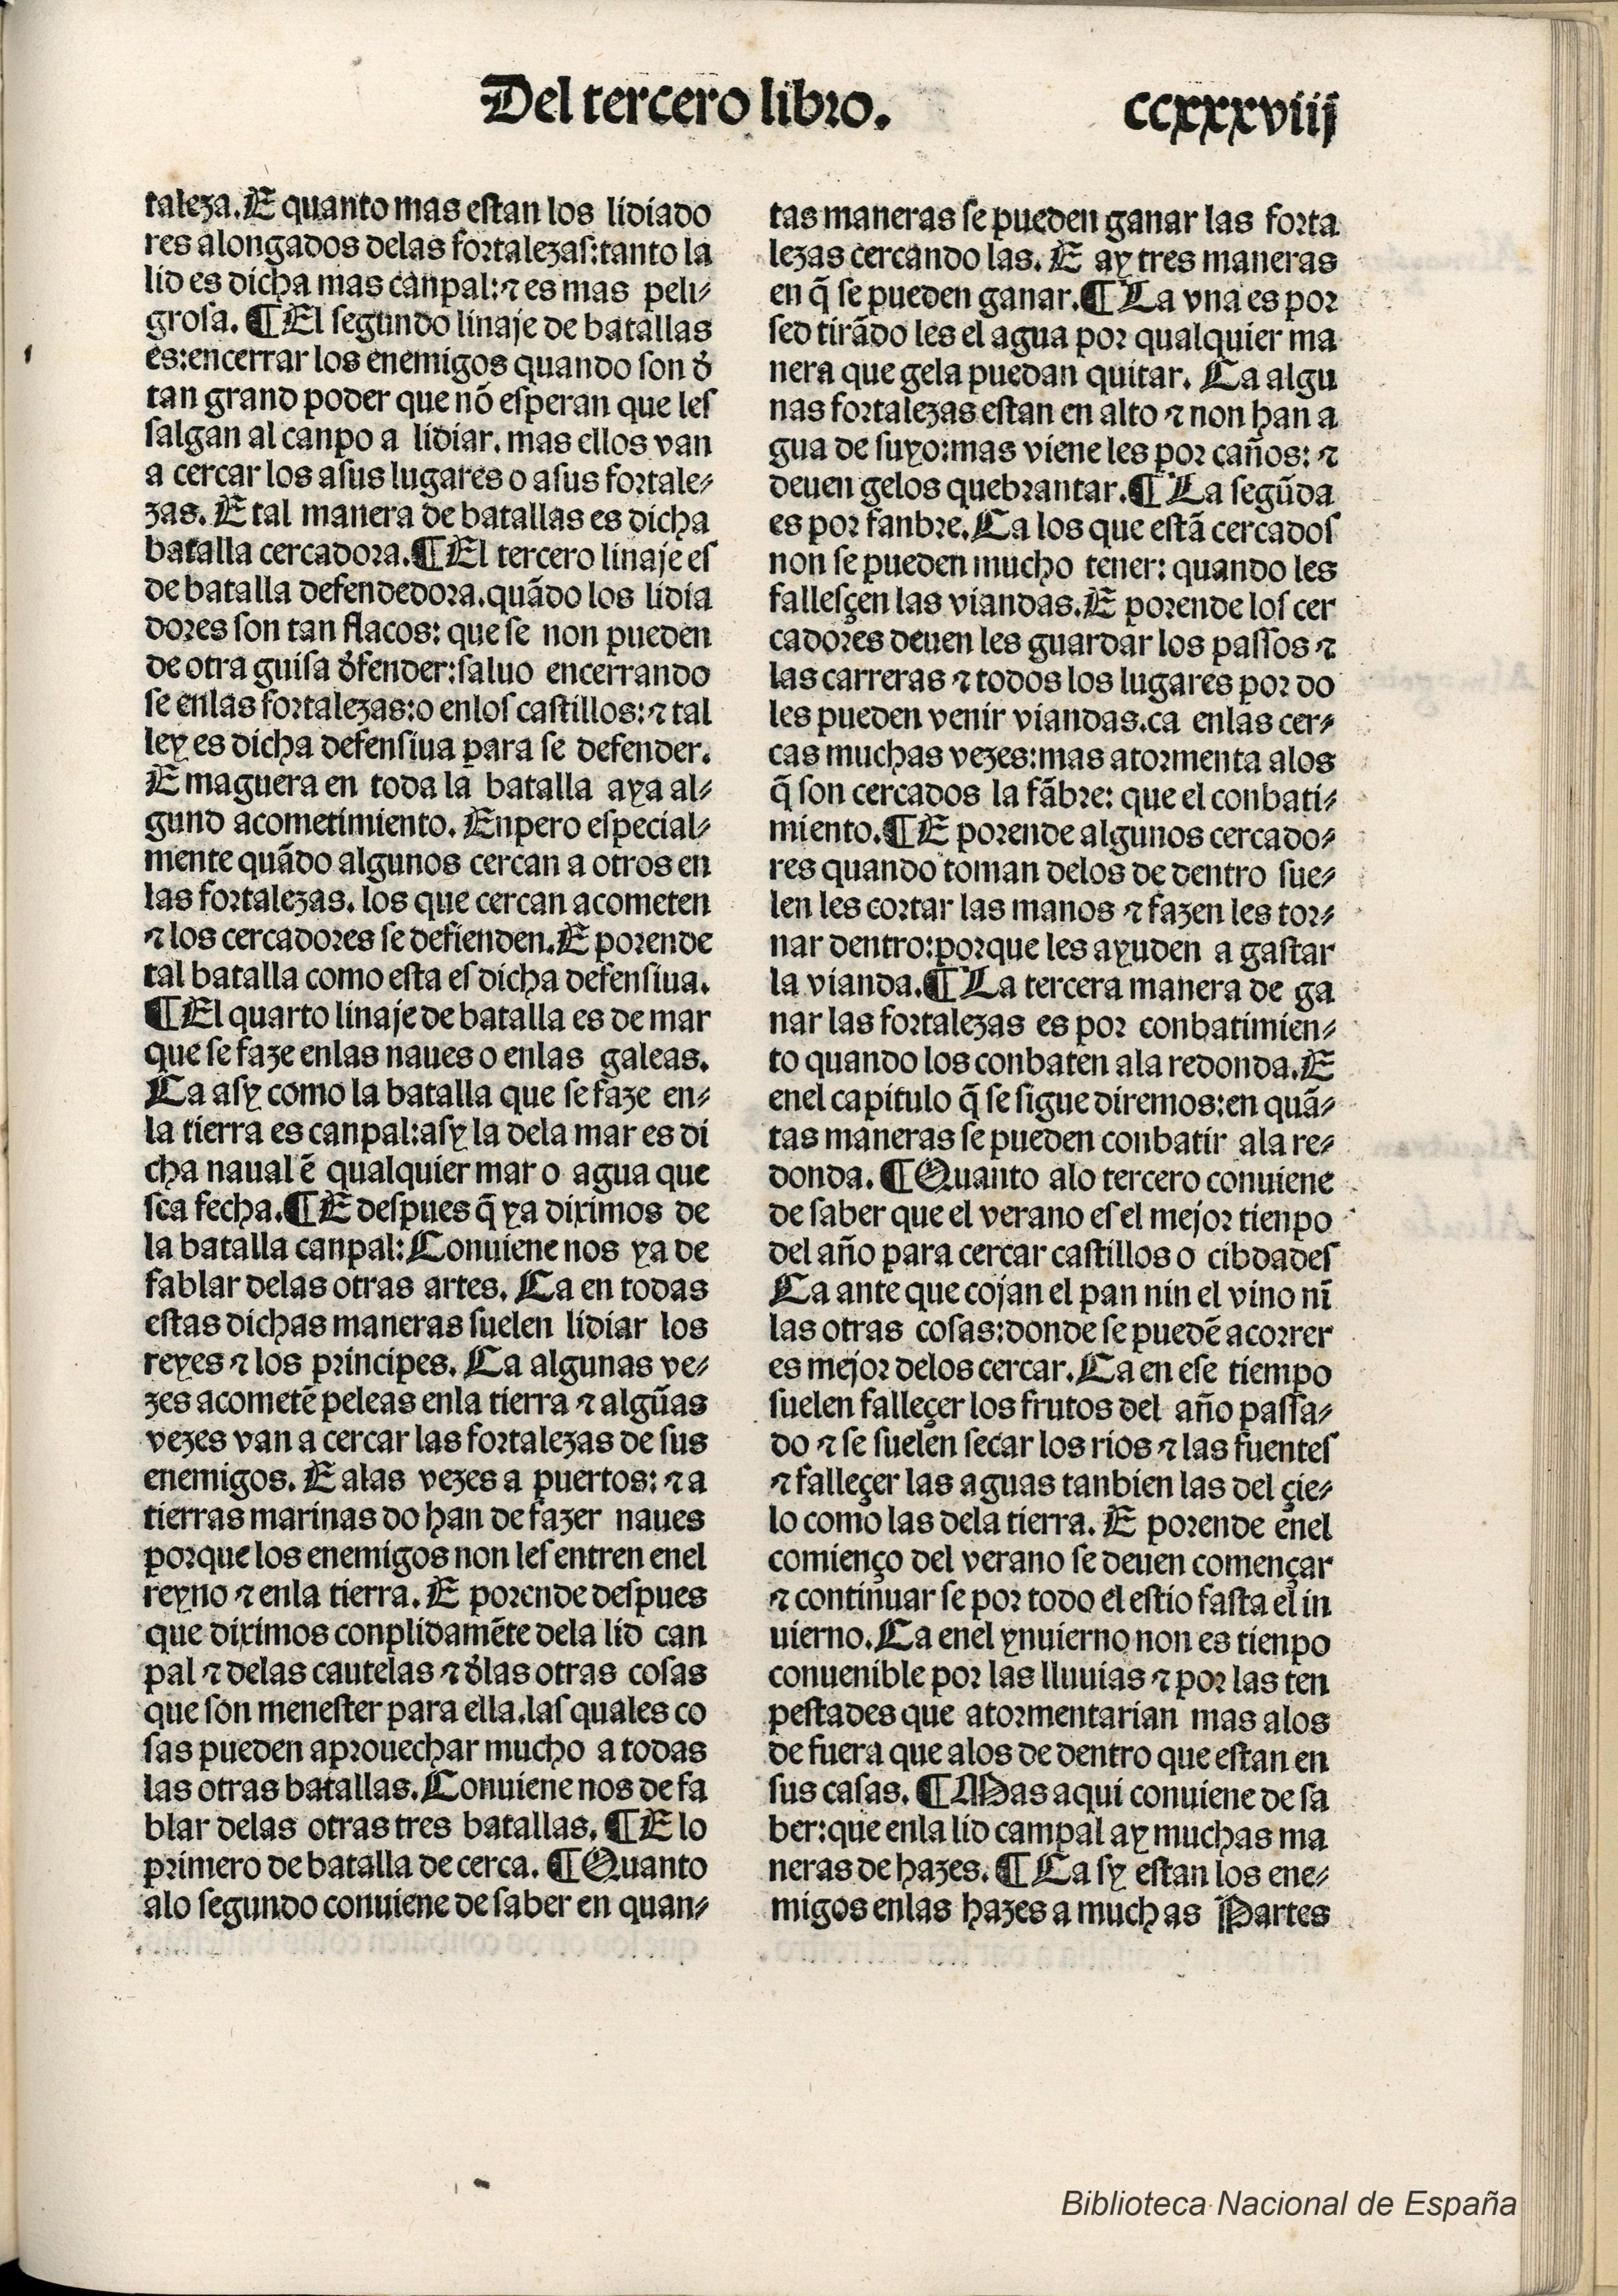
Shelfmark: Madrid, BNE, Inc. 901
Century: 15